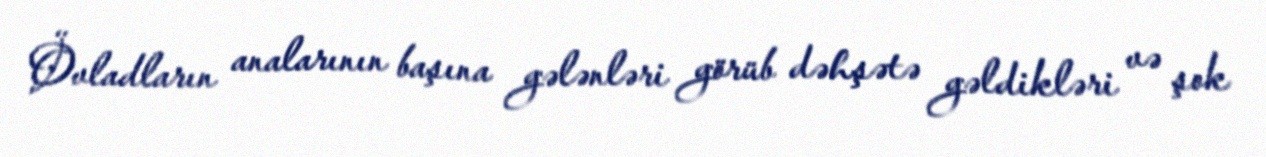
Övladların analarının başına gələnləri görüb dəhşətə gəldikləri və şok